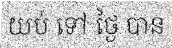
យប់ ទៅ ថ្ងៃ បាន